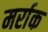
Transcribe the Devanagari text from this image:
मर्राक